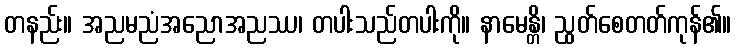
တနည်း။ အညမညံအညောအညဿ၊ တပါးသည်တပါးကို။ နာမေန္တိ၊ ညွတ်စေတတ်ကုန်၏။